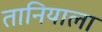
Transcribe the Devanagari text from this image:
तानियाला